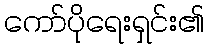
ကော်ပိုရေးရှင်း၏